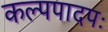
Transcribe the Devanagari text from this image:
कल्पपादपः